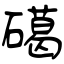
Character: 礍